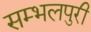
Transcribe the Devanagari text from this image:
सम्भलपुरी